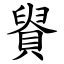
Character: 䝿